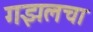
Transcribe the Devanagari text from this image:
गझलचा